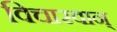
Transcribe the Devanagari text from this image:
विचारवान्